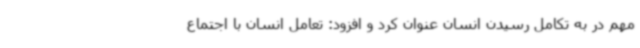
مهم در به تکامل رسیدن انسان عنوان کرد و افزود: تعامل انسان با اجتماع